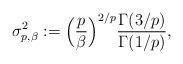
LaTeX: \begin{align*}\sigma_{p, \beta}^2 := \Big(\frac{p}{\beta}\Big)^{2/p} \frac{\Gamma(3/p)}{\Gamma(1/p)},\end{align*}